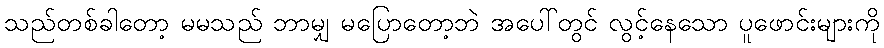
သည်တစ်ခါတော့ မမသည် ဘာမျှ မပြောတော့ဘဲ အပေါ်တွင် လွင့်နေသော ပူဖောင်းများကို